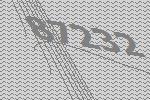
87232